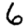
Digit: 6